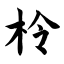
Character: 柃